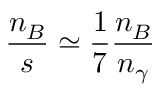
\frac { n _ { B } } { s } \simeq \frac { 1 } { 7 } \frac { n _ { B } } { n _ { \gamma } }